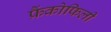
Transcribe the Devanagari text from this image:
फ्रैंकोफिली